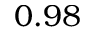
0 . 9 8